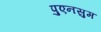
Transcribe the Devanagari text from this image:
पुएनसुम